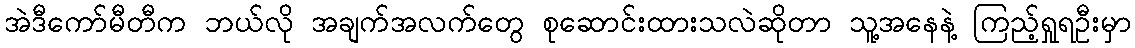
အဲဒီကော်မီတီက ဘယ်လို အချက်အလက်တွေ စုဆောင်းထားသလဲဆိုတာ သူ့အနေနဲ့ ကြည့်ရှုရဦးမှာ